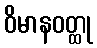
ဝိမာနဝတ္ထု